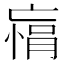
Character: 𫡾